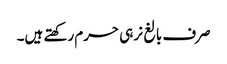
صرف بالغ نر ہی حرم رکھتے ہیں۔